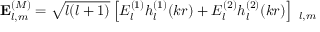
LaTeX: \mathbf { E } _ { l , m } ^ { ( M ) } = { \sqrt { l ( l + 1 ) } } \left[ E _ { l } ^ { ( 1 ) } h _ { l } ^ { ( 1 ) } ( k r ) + E _ { l } ^ { ( 2 ) } h _ { l } ^ { ( 2 ) } ( k r ) \right] \mathbf { \Phi } _ { l , m }